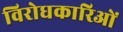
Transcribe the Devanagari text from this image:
विरोधकारिओं